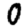
Digit: 0